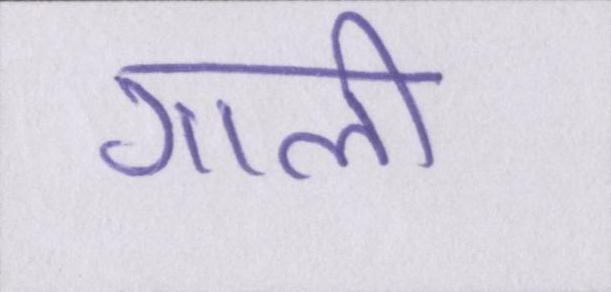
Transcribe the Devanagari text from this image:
गाली